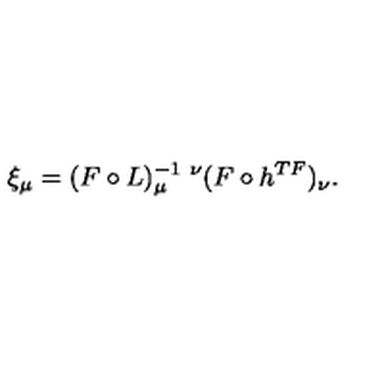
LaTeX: \xi _ { \mu } = ( F \circ L ) _ { \mu } ^ { - 1 \ \nu } ( F \circ h ^ { T F } ) _ { \nu } .